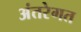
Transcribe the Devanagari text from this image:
अंतरेगत